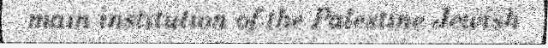
main institution of the Palestine Jewish